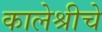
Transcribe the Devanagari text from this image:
कालेश्रीचे